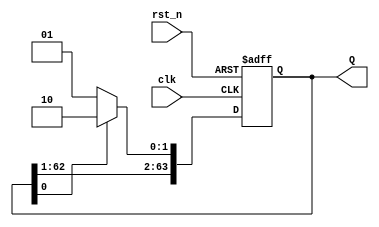
module JC_counter(
    input clk,        // Clock signal
    input rst_n,      // Active-low reset
    output reg [63:0] Q  // 64-bit counter value
);

    // Counter update logic
    always @(posedge clk or negedge rst_n) begin
        if (~rst_n) begin
            // Reset condition
            Q <= 64'b0;
        end else begin
            if (Q[0] == 1'b0) begin
                // Increment (shift left and append '1' at LSB)
                Q <= {Q[62:0], 1'b1};
            end else begin
                // Decrement (shift left and append '0' at LSB)
                Q <= {Q[62:0], 1'b0};
            end
        end
    end

endmodule